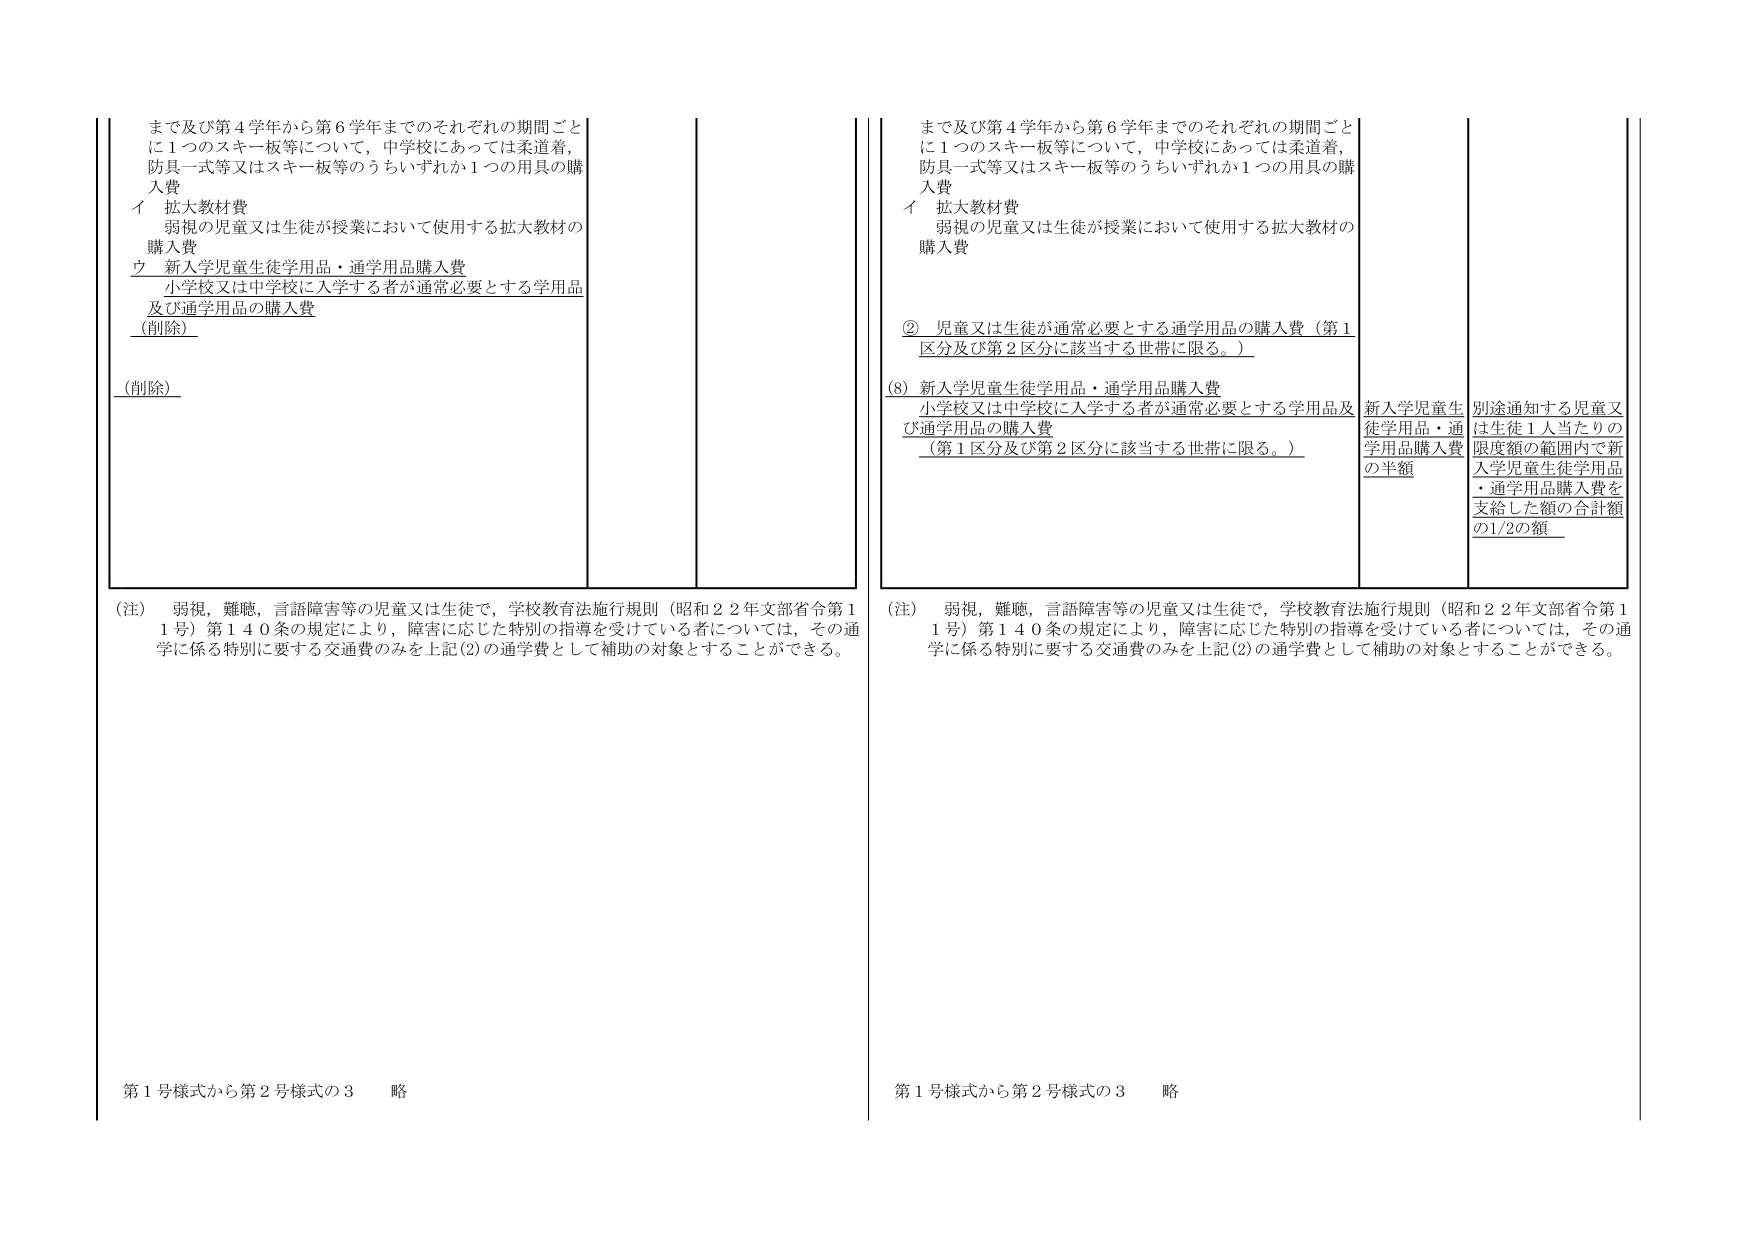
まで及び第４学年から第６学年までのそれぞれの期間ごとに１つのスキー板等について，中学校にあっては柔道着，防具一式等又はスキー板等のうちいずれか１つの用具の購入費
イ 拡大教材費
　弱視の児童又は生徒が授業において使用する拡大教材の購入費
ウ 新入学児童生徒学用品・通学用品購入費
　小学校又は中学校に入学する者が通常必要とする学用品及び通学用品の購入費
（削除）
（削除）

（注）　弱視，難聴，言語障害等の児童又は生徒で，学校教育法施行規則（昭和２２年文部省令第１１号）第１４０条の規定により，障害に応じた特別の指導を受けている者については，その通学に係る特別に要する交通費のみを上記(2)の通学費として補助の対象とすることができる。

第１号様式から第２号様式の３　略

まで及び第４学年から第６学年までのそれぞれの期間ごとに１つのスキー板等について，中学校にあっては柔道着，防具一式等又はスキー板等のうちいずれか１つの用具の購入費
イ 拡大教材費
　弱視の児童又は生徒が授業において使用する拡大教材の購入費
② 児童又は生徒が通常必要とする通学用品の購入費（第１区分及び第２区分に該当する世帯に限る。）
(8) 新入学児童生徒学用品・通学用品購入費
　小学校又は中学校に入学する者が通常必要とする学用品及び通学用品の購入費（第１区分及び第２区分に該当する世帯に限る。）
新入学児童生徒学用品・通学用品購入費の半額
別途通知する児童又は生徒１人当たりの限度額の範囲内で新入学児童生徒学用品・通学用品購入費を支給した額の合計額の1/2の額

（注）　弱視，難聴，言語障害等の児童又は生徒で，学校教育法施行規則（昭和２２年文部省令第１１号）第１４０条の規定により，障害に応じた特別の指導を受けている者については，その通学に係る特別に要する交通費のみを上記(2)の通学費として補助の対象とすることができる。

第１号様式から第２号様式の３　略